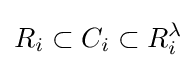
R_{i}\subset C_{i}\subset R_{i}^{\lambda }